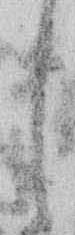
し